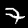
Label: 7